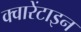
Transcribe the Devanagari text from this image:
क्वारेंटाइन